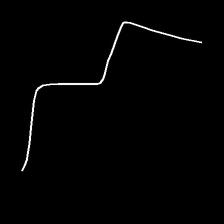
Glyph: crush